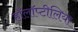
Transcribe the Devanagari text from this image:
हॉलॉप्टीलिया